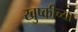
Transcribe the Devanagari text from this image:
खुष्कीच्या